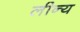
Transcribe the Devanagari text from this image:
लीन्य